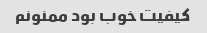
کیفیت خوب بود ممنونم